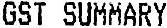
GST SUMMARY